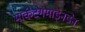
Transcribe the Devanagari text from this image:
मार्कटगेमाइनडेन